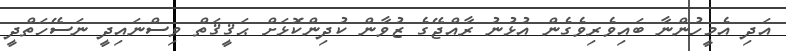
އަދި އެމީހުންނާ ބައިވެރިވެގެން އުޅުނު ރާއްޖޭގެ ޒުވާން ކުދިންކޮޅަށް ޙަޤީޤަތް ވިސްނައިދީ ނަސޭހަތްދީ